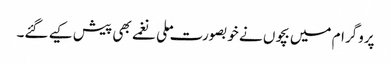
پروگرام میں بچوں نے خوبصورت ملی نغمے بھی پیش کیے گئے۔